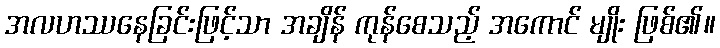
အလဟဿနေခြင်းဖြင့်သာ အချိန် ကုန်စေသည့် အကောင် မျိုး ဖြစ်၏။